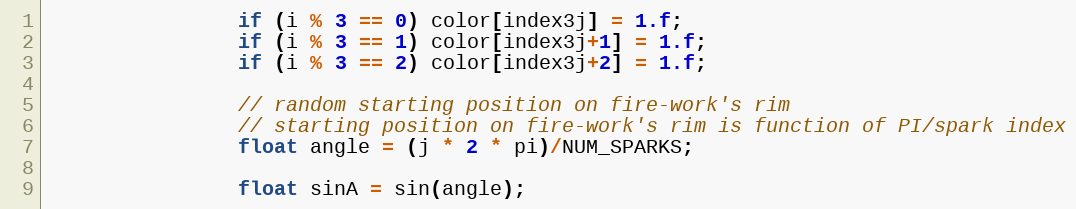
Language: C++
                if (i % 3 == 0) color[index3j] = 1.f;
                if (i % 3 == 1) color[index3j+1] = 1.f;
                if (i % 3 == 2) color[index3j+2] = 1.f;

                // random starting position on fire-work's rim
                // starting position on fire-work's rim is function of PI/spark index
                float angle = (j * 2 * pi)/NUM_SPARKS;

                float sinA = sin(angle);